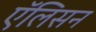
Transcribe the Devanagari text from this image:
एॅलिसन